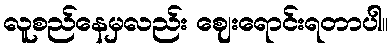
လူစည်နေမှလည်း ဈေးရောင်းရတာပါ။